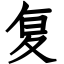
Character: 复